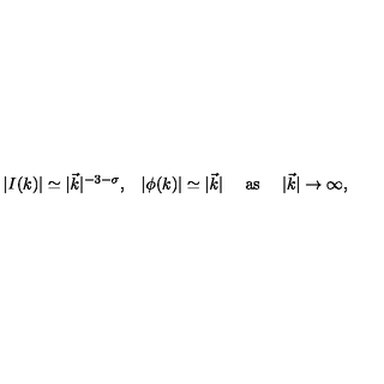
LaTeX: \begin{array} { c c c c } { | I ( k ) | \simeq | \vec { k } | ^ { - 3 - \sigma } , } & { | \phi ( k ) | \simeq | \vec { k } | } & { \mathrm { \ a s \ } } & { | \vec { k } | \rightarrow \infty , } \\ \end{array}